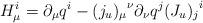
LaTeX: \begin{align*}H^i_\mu=\partial_\mu q^i-{(j_u)_\mu}^\nu\partial_\nu q^j {(J_u)_j}^i\end{align*}